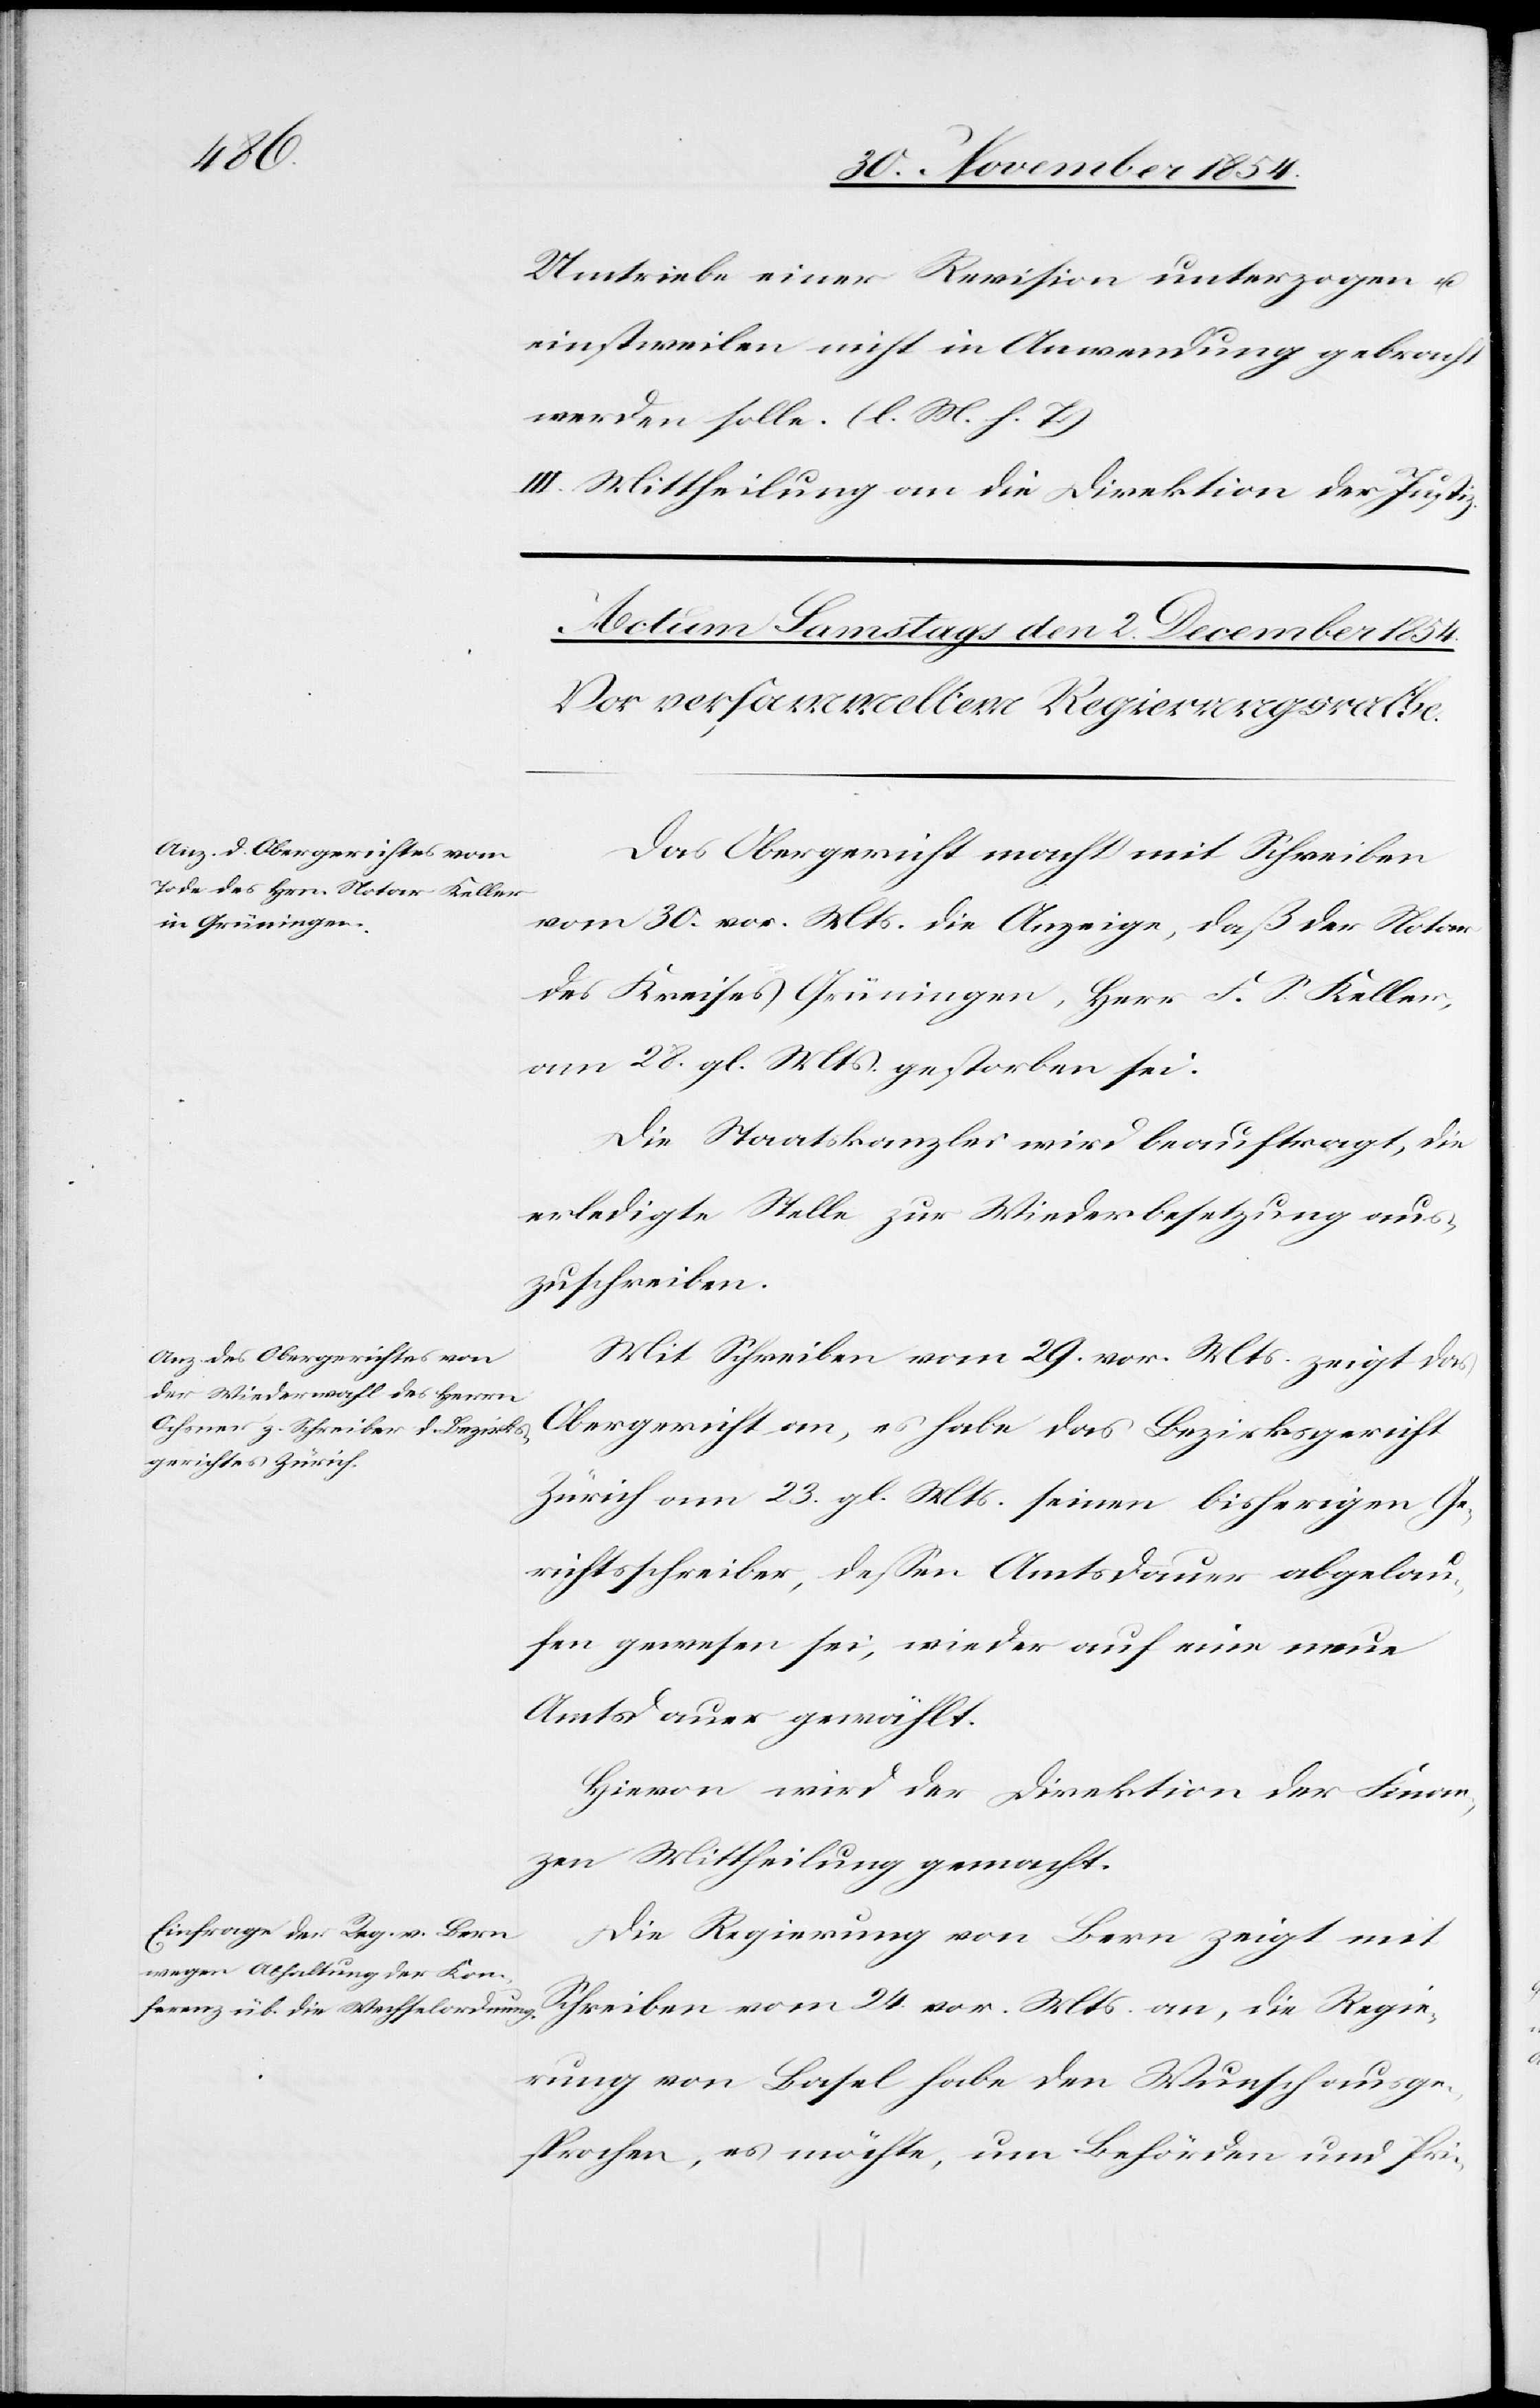
Umtriebe einer Revision unterzogen u.
einstweilen nicht in Anwendung gebracht
werden solle. (l. M. h. T.)
III. Mittheilung an die Direktion der Justiz.
Das Obergericht macht mit Schreiben
vom 30. vor. Mts. die Anzeige, daß der Notar
des Kreises Grüningen, Herr F. S. Keller,
am 28. gl. Mts. gestorben sei.
Die Staatskanzlei wird beauftragt, die
erledigte Stelle zur Wiederbesetzung aus¬
zuschreiben.
Mit Schreiben vom 29. vor. Mts. zeigt das
Obergericht an, es habe das Bezirksgericht
Zürich am 23. gl. Mts. seinen bisherigen Ge¬
richtsschreiber, deßen Amtsdauer abgelau¬
fen gewesen sei, wieder auf eine neue
Amtsdauer gewählt.
Hievon wird der Direktion der Finan¬
zen Mittheilung gemacht.
Die Regierung von Bern zeigt mit
Schreiben vom 24. vor. Mts. an, die Regie¬
rung von Basel habe den Wunsch ausge¬
sprochen, es möchte, um Behörden und Pri-